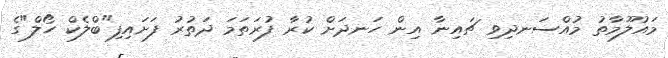
މައުލޫމާތު މުއްސަނދިވި ޗައިނާ އިން ހަނދަށް ކުރާ ފުރަތަމަ ދަތުރު ފަށައިފި"ބްލެކް ހޯލް"ގެ